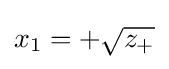
x_{1}=+{\sqrt {z_{+}}}\,\!